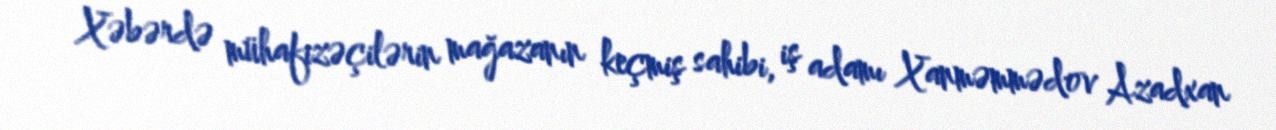
Xəbərdə mühafizəçilərin mağazanın keçmiş sahibi, iş adamı Xanməmmədov Azadxan